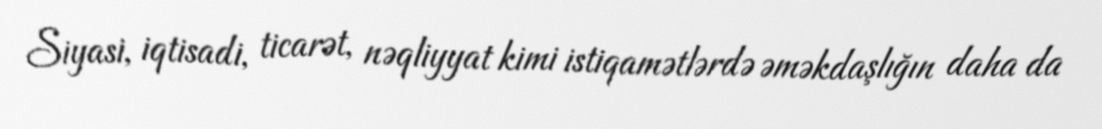
Siyasi, iqtisadi, ticarət, nəqliyyat kimi istiqamətlərdə əməkdaşlığın daha da